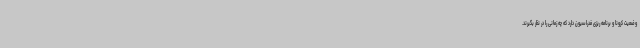
وضعیت کرونا و برنامه ریزی فدراسیون دارد که چه زمانی را در نظر بگیرند.